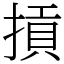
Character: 摃